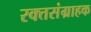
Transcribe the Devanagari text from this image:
रक्तसंग्राहक